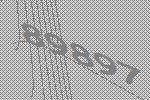
89897